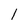
Character: 1